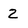
Character: 2